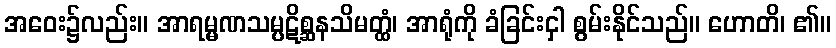
အဝေး၌လည်း။ အာရမ္မဏသမ္ပဋိစ္ဆနသိမတ္ထံ၊ အာရုံကို ခံခြင်းငှါ စွမ်းနိုင်သည်။ ဟောတိ၊ ၏။